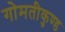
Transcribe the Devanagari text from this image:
गोमतीकुण्ड